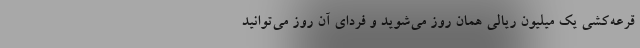
قرعه‌کشی یک میلیون ریالی همان روز می‌شوید و فردای آن روز می‌توانید